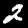
Label: 2